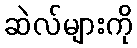
ဆဲလ်များကို